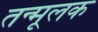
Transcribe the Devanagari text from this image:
तन्मूलक